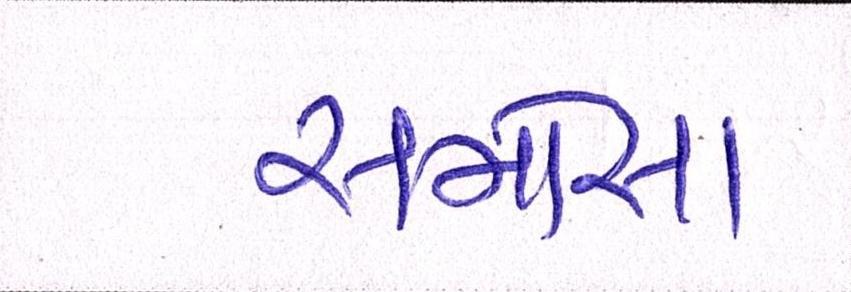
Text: સમોસા